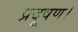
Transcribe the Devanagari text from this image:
प्रदूषण।